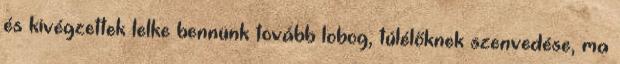
és kivégzettek lelke bennünk tovább lobog, túlélőknek szenvedése, ma